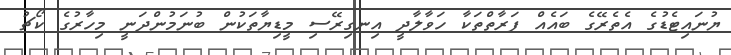
ޔުނައިޓެޑުގެ އެތެރޭގެ ބައެއް ފަރާތްތަކާ ހަވާލާދީ އިނގިރޭސި މީޑިޔާތަކުން ބުނަމުންދަނީ މިހާރުގެ ކޯޗު